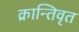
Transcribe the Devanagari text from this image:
क्रान्तिवृत